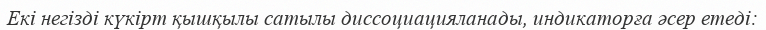
Екі негізді күкірт қышқылы сатылы диссоциацияланады, индикаторға әсер етеді: